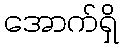
အောက်ရှိ